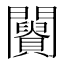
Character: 𨷪